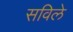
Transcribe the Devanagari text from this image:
सविले